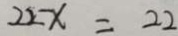
2 2 x = 2 2